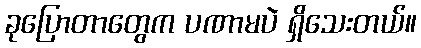
ခုပြောတာတွေက ပဏာမပဲ ရှိသေးတယ်။